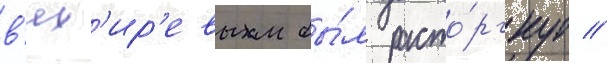
в'ях'ир'евым бы́л расто́ргнут //